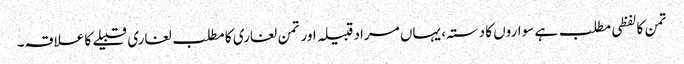
تمن کا لفظی مطلب ہے سواروں کا دستہ، یہاں مراد قبیلہ اور تمن لغاری کا مطلب لغاری قبیلے کا علاقہ۔